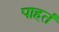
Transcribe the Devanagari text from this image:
पाहतं